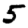
Digit: 5